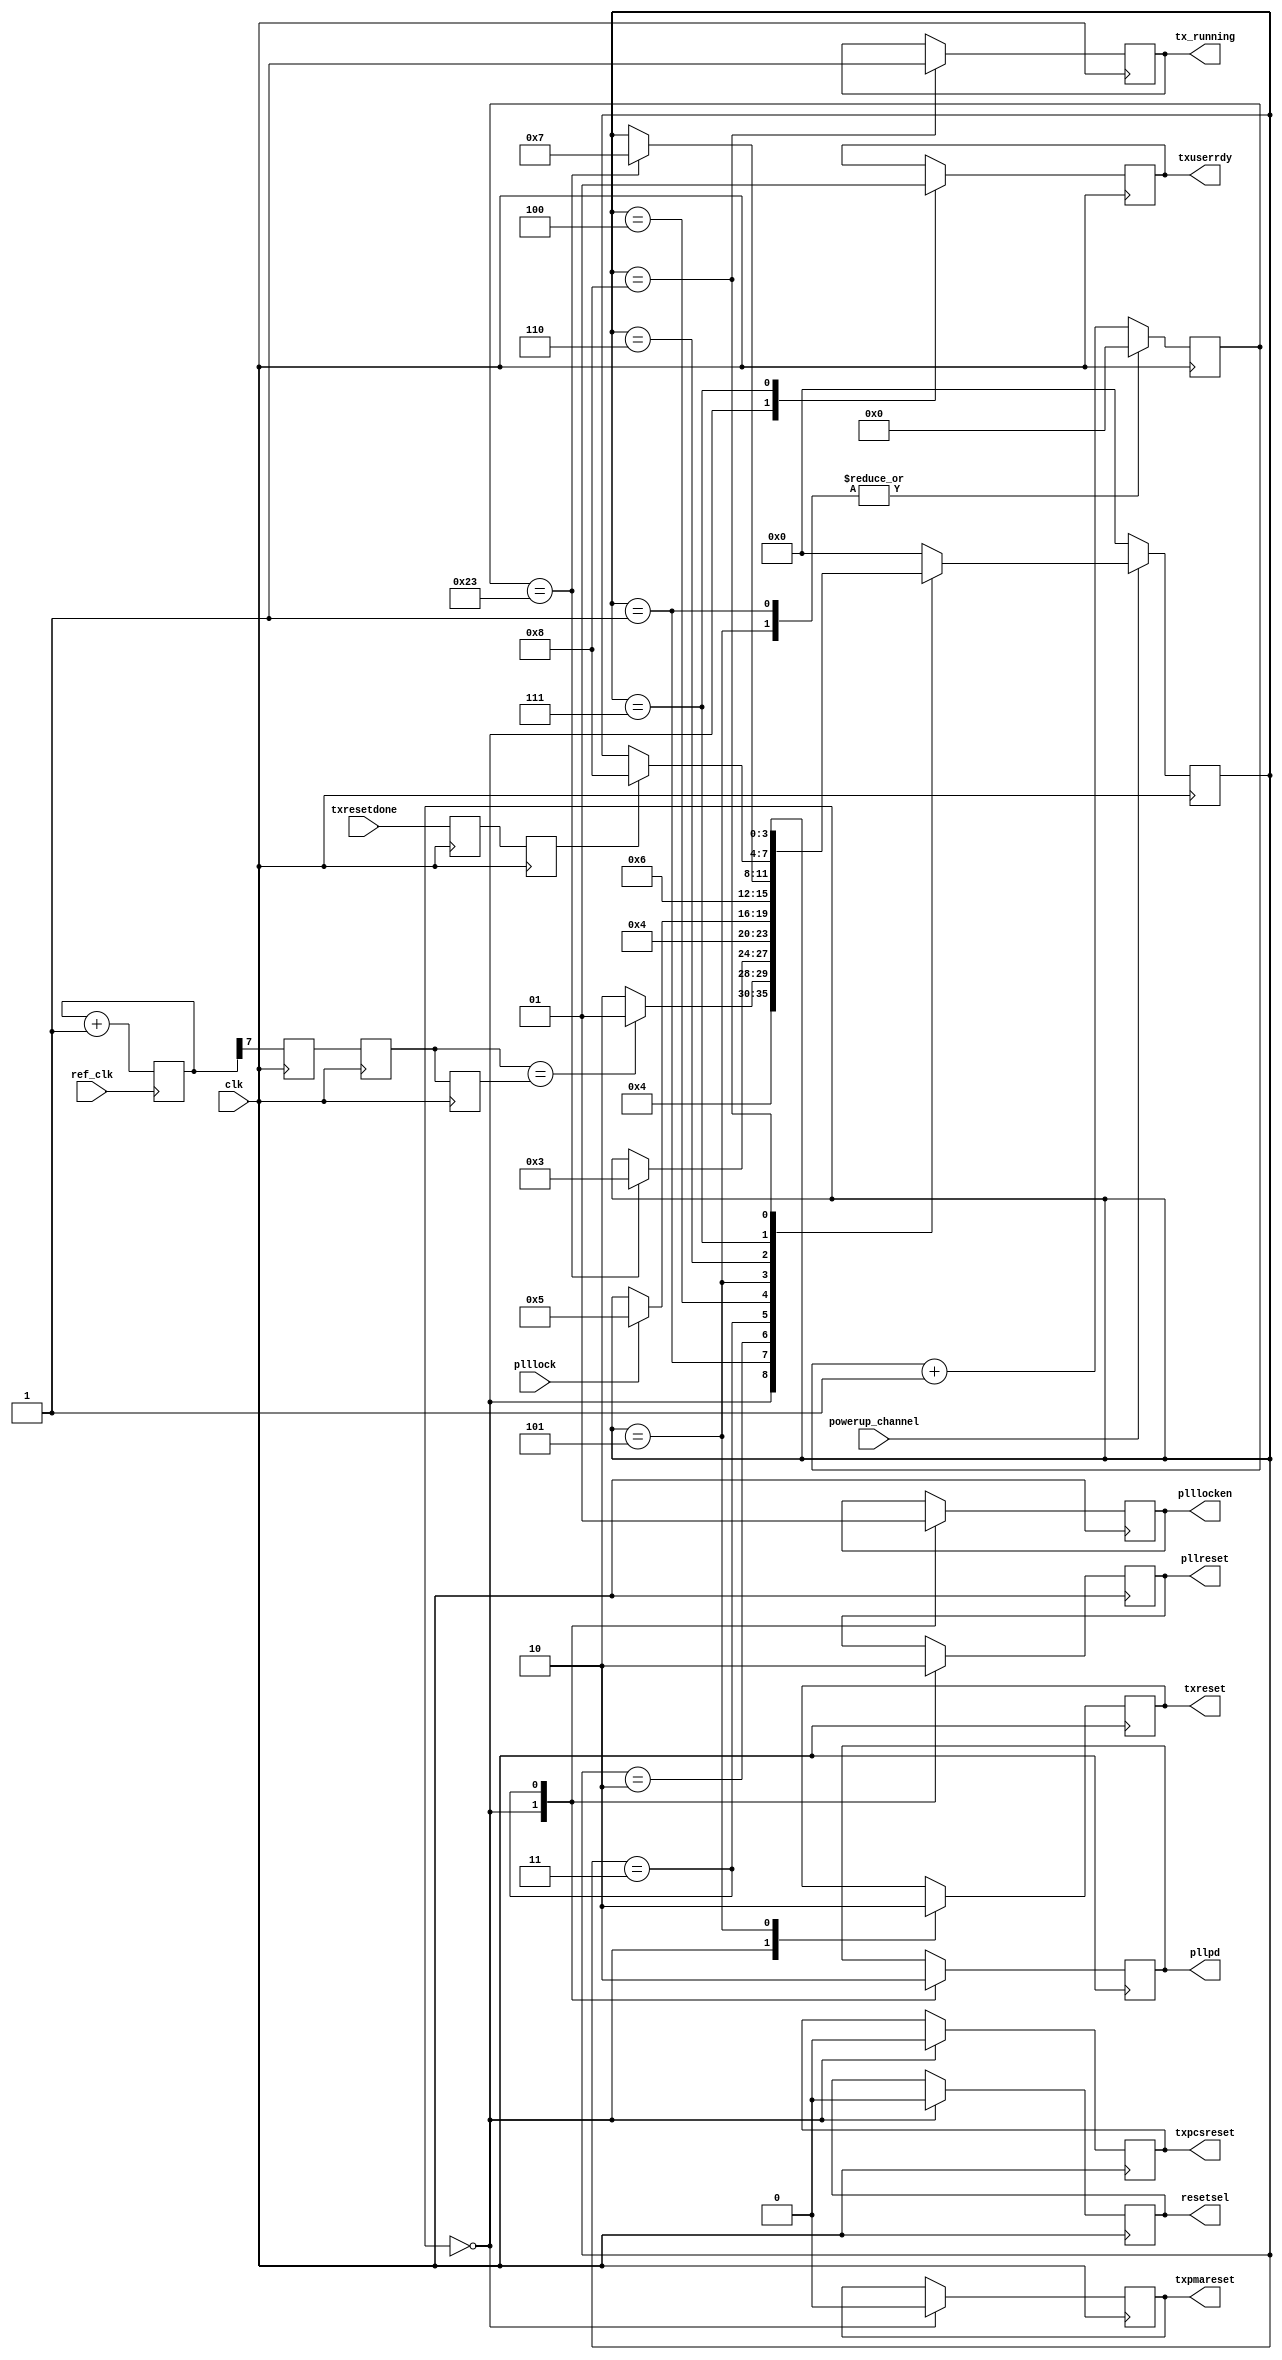
// This program was cloned from: https://github.com/robinsonb5/DeMiSTify
// License: GNU General Public License v3.0

///////////////////////////////////////////////////////////////////////////////
// ./src/artix7/gtx_tx_reset_controller.v : 
//
//
// Part of the DisplayPort_Verlog project - an open implementation of the 
// DisplayPort protocol for FPGA boards. 
//
// See https://github.com/hamsternz/DisplayPort_Verilog for latest versions.
//
///////////////////////////////////////////////////////////////////////////////
// Version |  Notes
// ----------------------------------------------------------------------------
//   1.0   | Initial Release
//
///////////////////////////////////////////////////////////////////////////////
//
// MIT License
// 
// Copyright (c) 2019 Mike Field
// 
// Permission is hereby granted, free of charge, to any person obtaining a copy
// of this software and associated documentation files (the "Software"), to deal
// in the Software without restriction, including without limitation the rights
// to use, copy, modify, merge, publish, distribute, sublicense, and/or sell
// copies of the Software, and to permit persons to whom the Software is
// furnished to do so, subject to the following conditions:
// 
// The above copyright notice and this permission notice shall be included in all
// copies or substantial portions of the Software.
// 
// THE SOFTWARE IS PROVIDED "AS IS", WITHOUT WARRANTY OF ANY KIND, EXPRESS OR
// IMPLIED, INCLUDING BUT NOT LIMITED TO THE WARRANTIES OF MERCHANTABILITY,
// FITNESS FOR A PARTICULAR PURPOSE AND NONINFRINGEMENT. IN NO EVENT SHALL THE
// AUTHORS OR COPYRIGHT HOLDERS BE LIABLE FOR ANY CLAIM, DAMAGES OR OTHER
// LIABILITY, WHETHER IN AN ACTION OF CONTRACT, TORT OR OTHERWISE, ARISING FROM,
// OUT OF OR IN CONNECTION WITH THE SOFTWARE OR THE USE OR OTHER DEALINGS IN THE
// SOFTWARE.
//
///////////////////////////////////////////////////////////////////////////////
//
// Want to say thanks?
//
// This design has taken many hours - 3 months of work for the initial VHDL
// design, and another month or so to convert it to Verilog for this release.
//
// I'm more than happy to share it if you can make use of it. It is released
// under the MIT license, so you are not under any onus to say thanks, but....
//
// If you what to say thanks for this design either drop me an email, or how about
// trying PayPal to my email (hamster@snap.net.nz)?
//
//  Educational use - Enough for a beer
//  Hobbyist use    - Enough for a pizza
//  Research use    - Enough to take the family out to dinner
//  Commercial use  - A weeks pay for an engineer (I wish!)
//
///////////////////////////////////////////////////////////////////////////////
`timescale 1ns / 1ps

///////////////////////////////////////////////////////////////////
// Transceiver and channel PLL control
// ===================================
//
// 1. Initial reset state
//    Set GTTXRESET High,
//    Set GTTXPMARESET low
//    Set TXPCSRESET low.
//    Set CPLLPD high
//    Set GTRESETSEL low.
//
// 2. Hold CPLLPD high until reference clock is seen on fabric
//
// 3. Wait at least 500ns
//
// 4. Start up the channel PLL
//    Drop CPLLPD
//    Assert CPLLLOCKEN
//
// 5. Wait for CPLLLOCK to go high
//
// 6. Start up the high speed transceiver
//    Assert GTTXUSERRDY
//    Drop GTTXRESET (you can use the CPLLLOCK signal is OK)
//
// 7. Monitor GTTXRESETDONE until it goes high
//
// The transceiver's TX Should then be operational.
//
///////////////////////////////////////////////////////////////////

module gtx_tx_reset_controller (
  input  wire clk,

  input  wire ref_clk,
  input  wire powerup_channel,
  
  input  wire plllock,
  
      
  input  wire txresetdone,

  output reg  tx_running,      //: out std_logic := '0';
  output reg  txreset,         //: out std_logic := '1';
  output reg  txuserrdy,       //: out std_logic := '0';
  output reg  txpmareset,      //: out std_logic := '1';
  output reg  txpcsreset,      //: out std_logic := '1';
  
  output reg  pllpd,           //: out std_logic := '1';
  output reg  pllreset,        //: out std_logic;
  output reg  plllocken,       //: out std_logic := '1';
  
  output reg  resetsel         //  out std_logic := '0'
);

    parameter [26:0] CLKPERMICROSECOND = 27'd28; 

    reg [3:0] state;
    reg [7:0] ref_clk_counter;
    reg [7:0] counter;
    reg       ref_clk_detect_last;
    reg       ref_clk_detect;       
    reg       ref_clk_detect_meta;  // TODO: Neet to set ASYNCREG
    reg       txresetdone_meta;     // TODO: Neet to set ASYNCREG
    reg       txresetdone_i;

initial begin
    state                = 4'b0000;
    ref_clk_counter      = 8'b00000000;
    counter              = 8'b00000000;

    ref_clk_detect_last  = 1'b0;
    ref_clk_detect       = 1'b0;       
    ref_clk_detect_meta  = 1'b0;
    txresetdone_meta     = 1'b1;
    txresetdone_i        = 1'b1;
    tx_running           = 1'b1;
    
    txreset    <= 1'b1;
    txuserrdy  <= 1'b0;
    txpmareset <= 1'b1;
    txpcsreset <= 1'b1;
    pllpd      <= 1'b1;
    pllreset   <= 1'b1;
    plllocken  <= 1'b0;
    resetsel   <= 1'b0;
end    
    
always @(posedge ref_clk) begin
     ref_clk_counter <= ref_clk_counter + 1;
end

always @(posedge clk) begin

    counter             <= counter + 1;

    case(state)
      4'b0000: begin // reset
                 txreset    <= 1'b1;
                 txuserrdy  <= 1'b0;
                 txpmareset <= 1'b0;
                 txpcsreset <= 1'b0;
                 pllpd      <= 1'b1;
                 pllreset   <= 1'b1;
                 plllocken  <= 1'b0;
                 resetsel   <= 1'b0;
                 state      <= 4'b0001;
               end

      4'b0001: begin // wait for reference clock
                 counter <= 8'b00000000;
                 if(ref_clk_detect == ref_clk_detect_last) begin
                   state <= 4'b0001;
                 end else begin
                   state <= 4'b0010;
                 end
               end

      4'b0010: begin // wait for 500ns
                 // counter will set high bit after 128 cycles
                 if(counter == 128*CLKPERMICROSECOND/100) begin
                   state <= 4'b0011;
                 end
               end
  
      4'b0011: begin // start up the PLL
                 pllpd     <= 1'b0;
                 pllreset  <= 1'b0;
                 plllocken <= 1'b1;
                 state     <= 4'b0100;
               end

      4'b0100: begin // Waiting for the PLL to lock
                 if(plllock == 1'b1) begin
                   state <= 4'b0101;
                 end
               end

      4'b0101: begin //- Starting up the GTX
                 txreset   <= 1'b0;
                 state     <= 4'b0110;
                 counter   <= 8'b00000000;
               end

      4'b0110: begin // wait for 500ns
                 // counter will set high bit after 128 cycles
                 if(counter == 128*CLKPERMICROSECOND/100) begin
                   state <= 4'b0111;
                 end
               end

      4'b0111: begin // power up the user data path
                 txuserrdy <= 1'b1;
                 if(txresetdone_i == 1'b1) begin
                   state <= 4'b1000;
                 end 
               end

      4'b1000: begin // All running
                 tx_running <= 1'b1;    
               end

      default: begin
                 state      <= 4'b0000;
               end
    endcase

    if(powerup_channel == 1'b0) begin
        state <= 4'b0000;
    end


    ref_clk_detect_last <= ref_clk_detect;
    ref_clk_detect      <= ref_clk_detect_meta;
    ref_clk_detect_meta <= ref_clk_counter[7];
            
    txresetdone_i    <= txresetdone_meta;
    txresetdone_meta <= txresetdone;
  end
endmodule